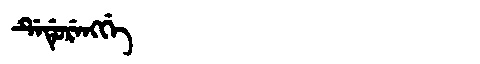
Manchu: ᡩᡝᡩᡠᡵᡝᠩᡤᡝ
Romanization: DEDURENGGE